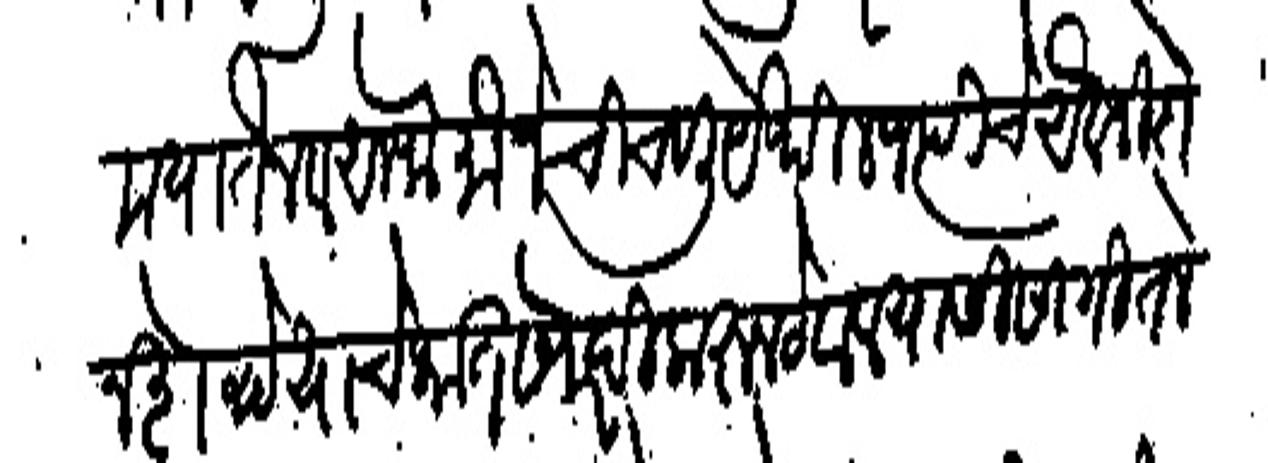
Transliteration (Devanagari): मया तैन व अलफै मौजे चिचवली येथील जप्तीचे अवजी दोनशे रुये याचे भात खरेदी करून ठेवावयासी सांगितले